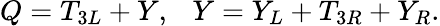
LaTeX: Q=T_{3L}+Y,~~~Y=Y_{L}+T_{3R}+Y_{R}.